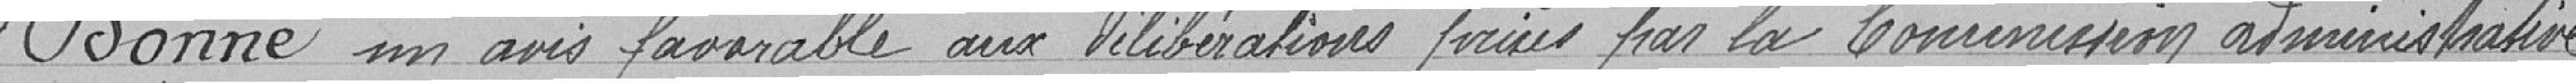
Donne un avis favorable aux délibérations prévues par la Commission administrative